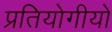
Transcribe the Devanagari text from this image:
प्रतियोगीयो